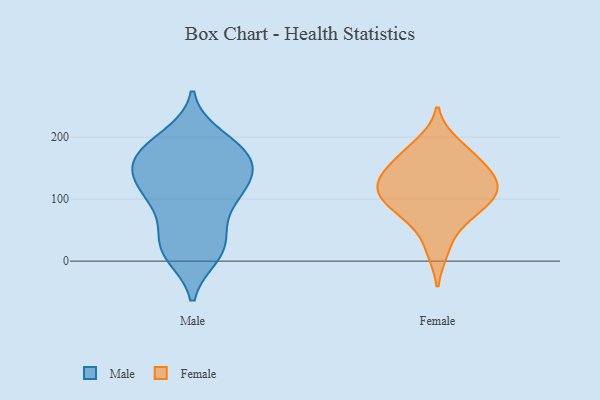
{"axis": {"x": "Satisfaction Score", "y": "Value"}, "legend": ["Female", "Male"], "data": [{"x": "", "y": 17, "type": "Male"}, {"x": "", "y": 159, "type": "Male"}, {"x": "", "y": 73, "type": "Male"}, {"x": "", "y": 119, "type": "Male"}, {"x": "", "y": 176, "type": "Male"}, {"x": "", "y": 17, "type": "Male"}, {"x": "", "y": 104, "type": "Male"}, {"x": "", "y": 44, "type": "Male"}, {"x": "", "y": 200, "type": "Male"}, {"x": "", "y": 98, "type": "Male"}, {"x": "", "y": 24, "type": "Male"}, {"x": "", "y": 184, "type": "Male"}, {"x": "", "y": 156, "type": "Male"}, {"x": "", "y": 10, "type": "Male"}, {"x": "", "y": 141, "type": "Male"}, {"x": "", "y": 111, "type": "Male"}, {"x": "", "y": 142, "type": "Male"}, {"x": "", "y": 185, "type": "Male"}, {"x": "", "y": 134, "type": "Male"}, {"x": "", "y": 176, "type": "Male"}, {"x": "", "y": 90, "type": "Female"}, {"x": "", "y": 18, "type": "Female"}, {"x": "", "y": 80, "type": "Female"}, {"x": "", "y": 189, "type": "Female"}, {"x": "", "y": 174, "type": "Female"}, {"x": "", "y": 123, "type": "Female"}, {"x": "", "y": 158, "type": "Female"}, {"x": "", "y": 66, "type": "Female"}, {"x": "", "y": 114, "type": "Female"}, {"x": "", "y": 147, "type": "Female"}, {"x": "", "y": 105, "type": "Female"}, {"x": "", "y": 118, "type": "Female"}, {"x": "", "y": 134, "type": "Female"}]}